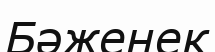
Бәженек